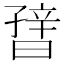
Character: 𬁪